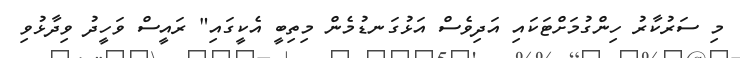
މި ސަރުކާރު ހިންގުމަށްޓަކައި އަދިވެސް އަޅުގަނޑުމެން މިތިބީ އެކީގައި" ރައީސް ވަހީދު ވިދާޅުވި